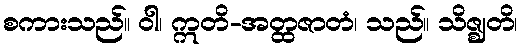
စကားသည်။ ဝါ၊ ဣတိ-အတ္ထဇာတံ၊ သည်။ သိဇ္ဈတိ၊